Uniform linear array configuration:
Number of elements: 48
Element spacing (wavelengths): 0.5
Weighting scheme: uniform
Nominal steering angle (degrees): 0
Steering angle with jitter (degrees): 0.9196
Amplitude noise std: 0.05
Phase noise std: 0.05

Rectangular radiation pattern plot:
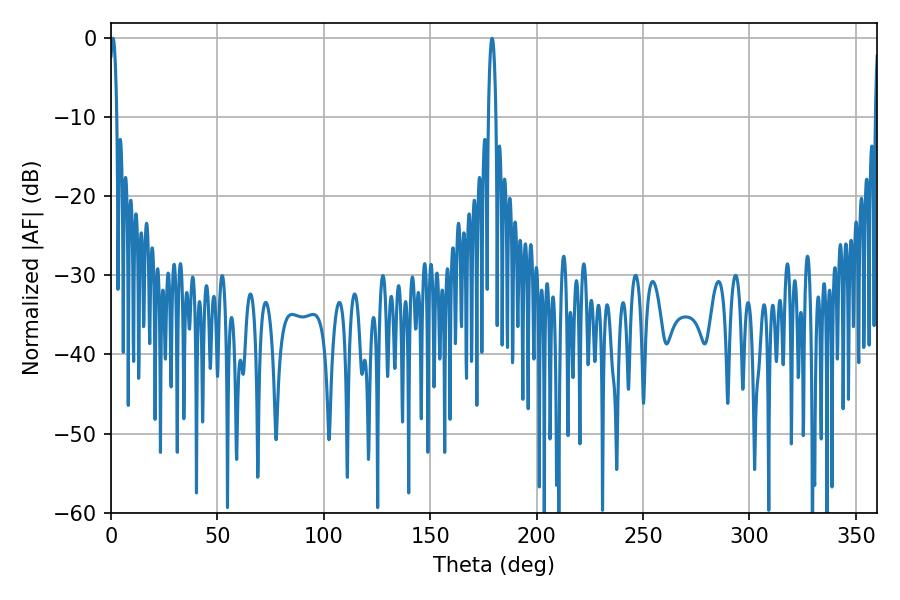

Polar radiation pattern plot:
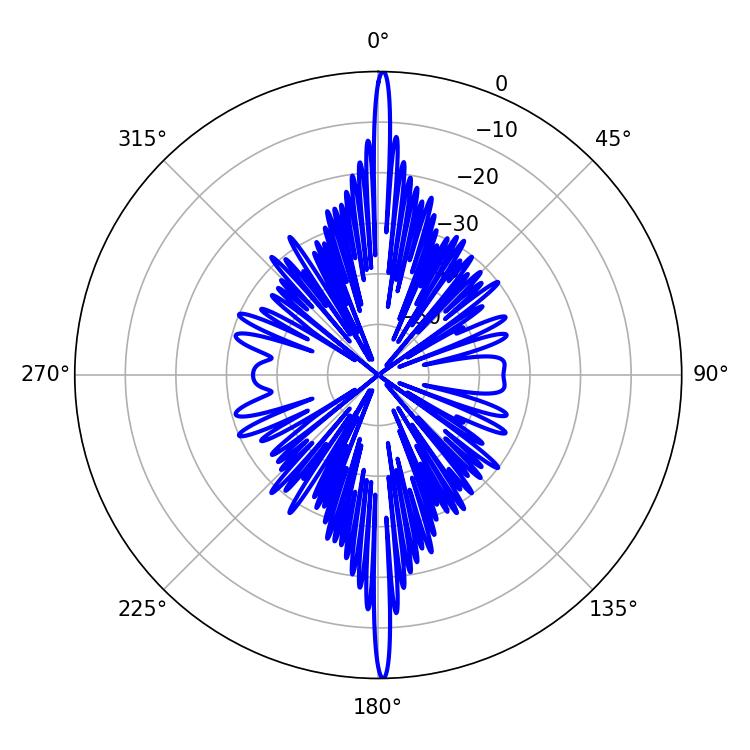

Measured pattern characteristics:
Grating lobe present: FALSE
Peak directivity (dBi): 31.869
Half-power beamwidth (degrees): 1.98
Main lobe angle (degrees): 0.9